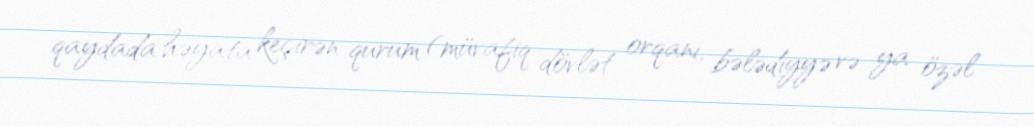
qaydada həyata keçirən qurum (müvafiq dövlət orqanı, bələdiyyə və ya özəl